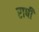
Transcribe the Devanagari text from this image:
राषी